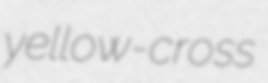
yellow-cross